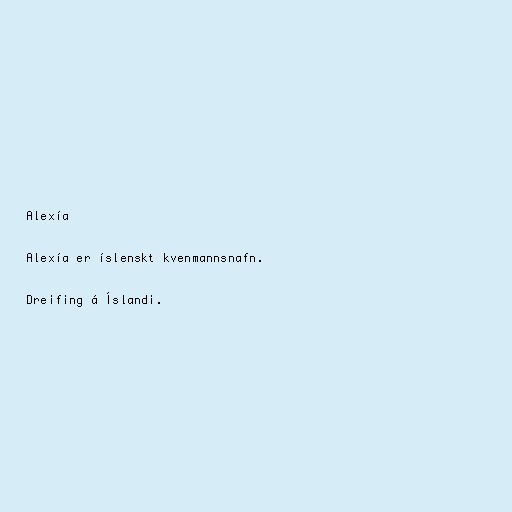
Alexía

Alexía er íslenskt kvenmannsnafn.

Dreifing á Íslandi.